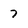
Character: 7